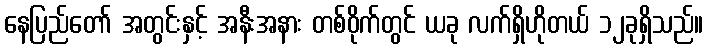
နေပြည်တော် အတွင်းနှင့် အနီးအနား တစ်ဝိုက်တွင် ယခု လက်ရှိဟိုတယ် ၁၂ခုရှိသည်။